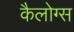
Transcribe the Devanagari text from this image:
कैलोग्स